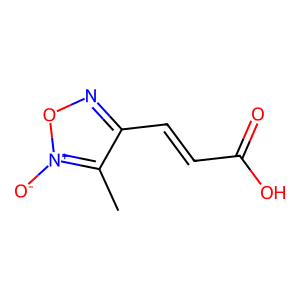
SMILES: Cc1c(C=CC(=O)O)no[n+]1[O-]
Inhibits HIV replication: No